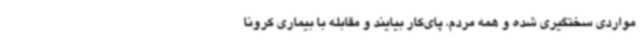
مواردی سختگیری شده و همه مردم، پای‌کار بیایند و مقابله با بیماری کرونا